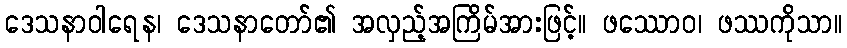
ဒေသနာဝါရေန၊ ဒေသနာတော်၏ အလှည့်အကြိမ်အားဖြင့်။ ဖဿောဝ၊ ဖဿကိုသာ။